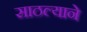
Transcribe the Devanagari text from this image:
साठल्याने